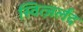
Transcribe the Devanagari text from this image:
स्वित्ज़र्लंद